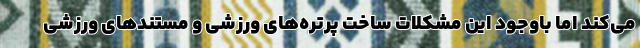
می‌کند اما باوجود این مشکلات ساخت پرتره‌های ورزشی و مستندهای ورزشی